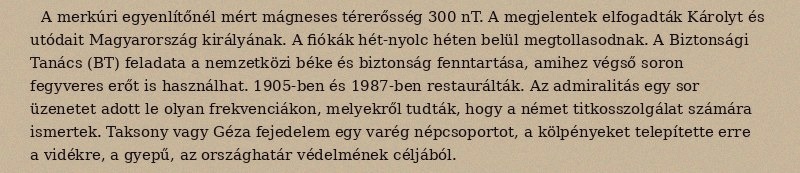
A merkúri egyenlítőnél mért mágneses térerősség 300 nT. A megjelentek elfogadták Károlyt és utódait Magyarország királyának. A fiókák hét-nyolc héten belül megtollasodnak. A Biztonsági Tanács (BT) feladata a nemzetközi béke és biztonság fenntartása, amihez végső soron fegyveres erőt is használhat. 1905-ben és 1987-ben restaurálták. Az admiralitás egy sor üzenetet adott le olyan frekvenciákon, melyekről tudták, hogy a német titkosszolgálat számára ismertek. Taksony vagy Géza fejedelem egy varég népcsoportot, a kölpényeket telepítette erre a vidékre, a gyepű, az országhatár védelmének céljából.